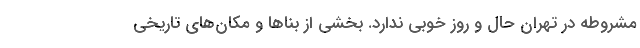
مشروطه در تهران حال و روز خوبی ندارد. بخشی از بناها و مکان‌های تاریخی